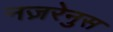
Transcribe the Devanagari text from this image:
नज़रेनुस